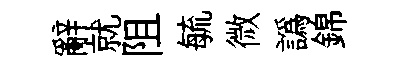
辭就阻毓微譌錦